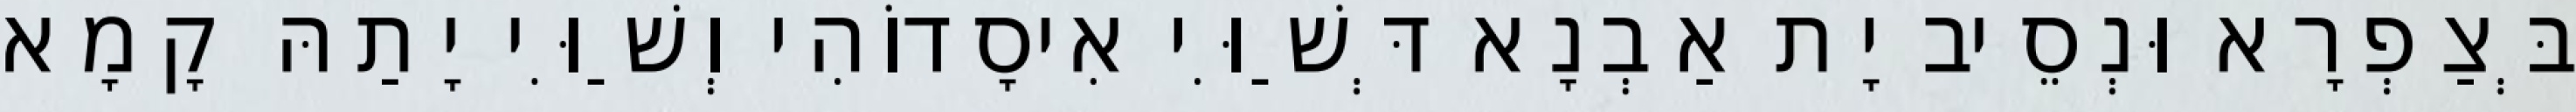
בְּצַפְרָא וּנְסֵיב יָת אַבְנָא דְּשַׁוִּי אִיסָדוֹהִי וְשַׁוִּי יָתַהּ קָמָא